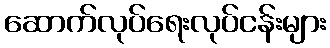
ဆောက်လုပ်ရေးလုပ်ငန်းများ